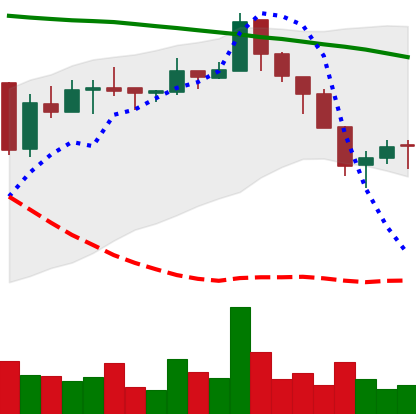
Ticker: ETC-USD
Chart end date: 2018-05-14
Forward return: -5.772%
Label: down_5_7